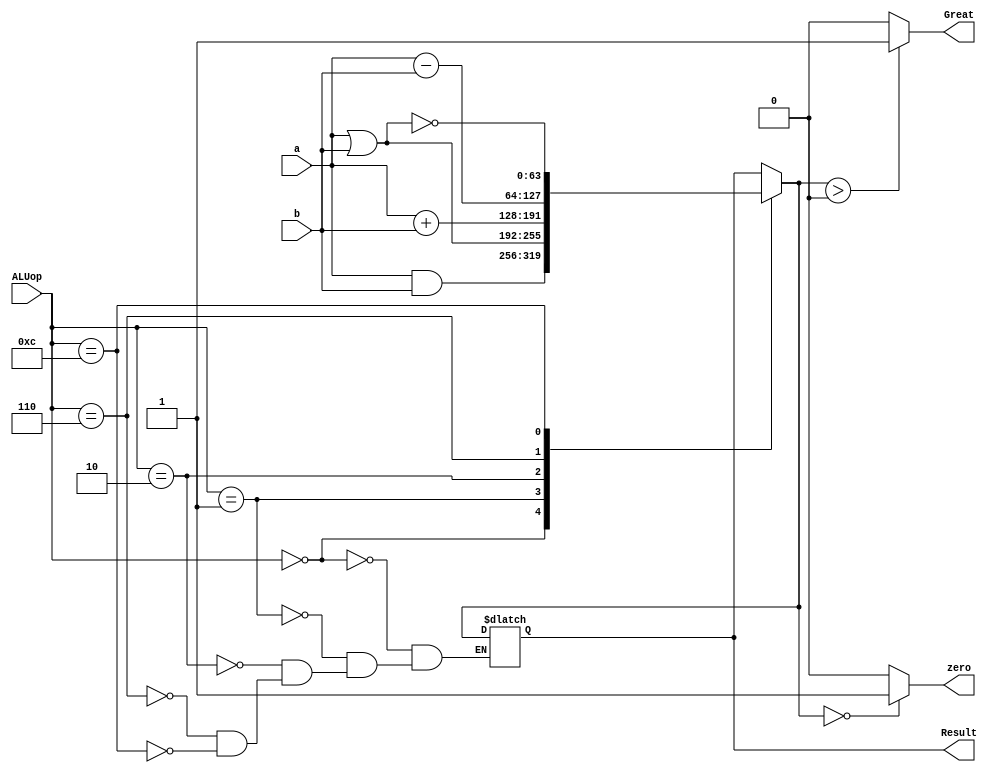
module ALU_64_bit (
  input [63:0] a,
  input [63:0] b,
  input [3:0] ALUop, 
  output reg [63:0]Result, 
  output reg zero,
  output reg Great
);

  always @(*)
    begin
      //generates result according 
      //to the given input ALUop
      case(ALUop) 
        4'b0000: Result = a & b;
        4'b0001: Result = a | b;
        4'b0010: Result = a + b ; 
        4'b0110: Result = a - b;
        4'b1100: Result = ~(a|b);
      endcase
      if (Result == 0)
      	zero = 1;
      else
      	zero = 0;

      if (Result > 64'd0)
		begin
			Great = 1'b1;
		end
	else
		begin
			Great = 1'b0;
		end
    end

endmodule